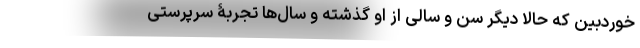
خوردبین که حالا دیگر سن و سالی از او گذشته و سال‌ها تجربۀ سرپرستی